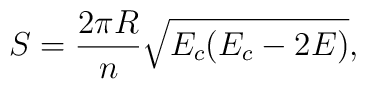
S=\frac{2\pi R}{n}\sqrt{E_c(E_c-2E)},